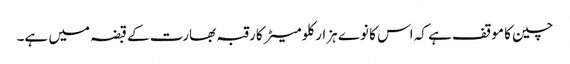
چین کا موقف ہے کہ اس کا نوے ہزار کلومیٹر کا رقبہ بھارت کے قبضہ میں ہے۔